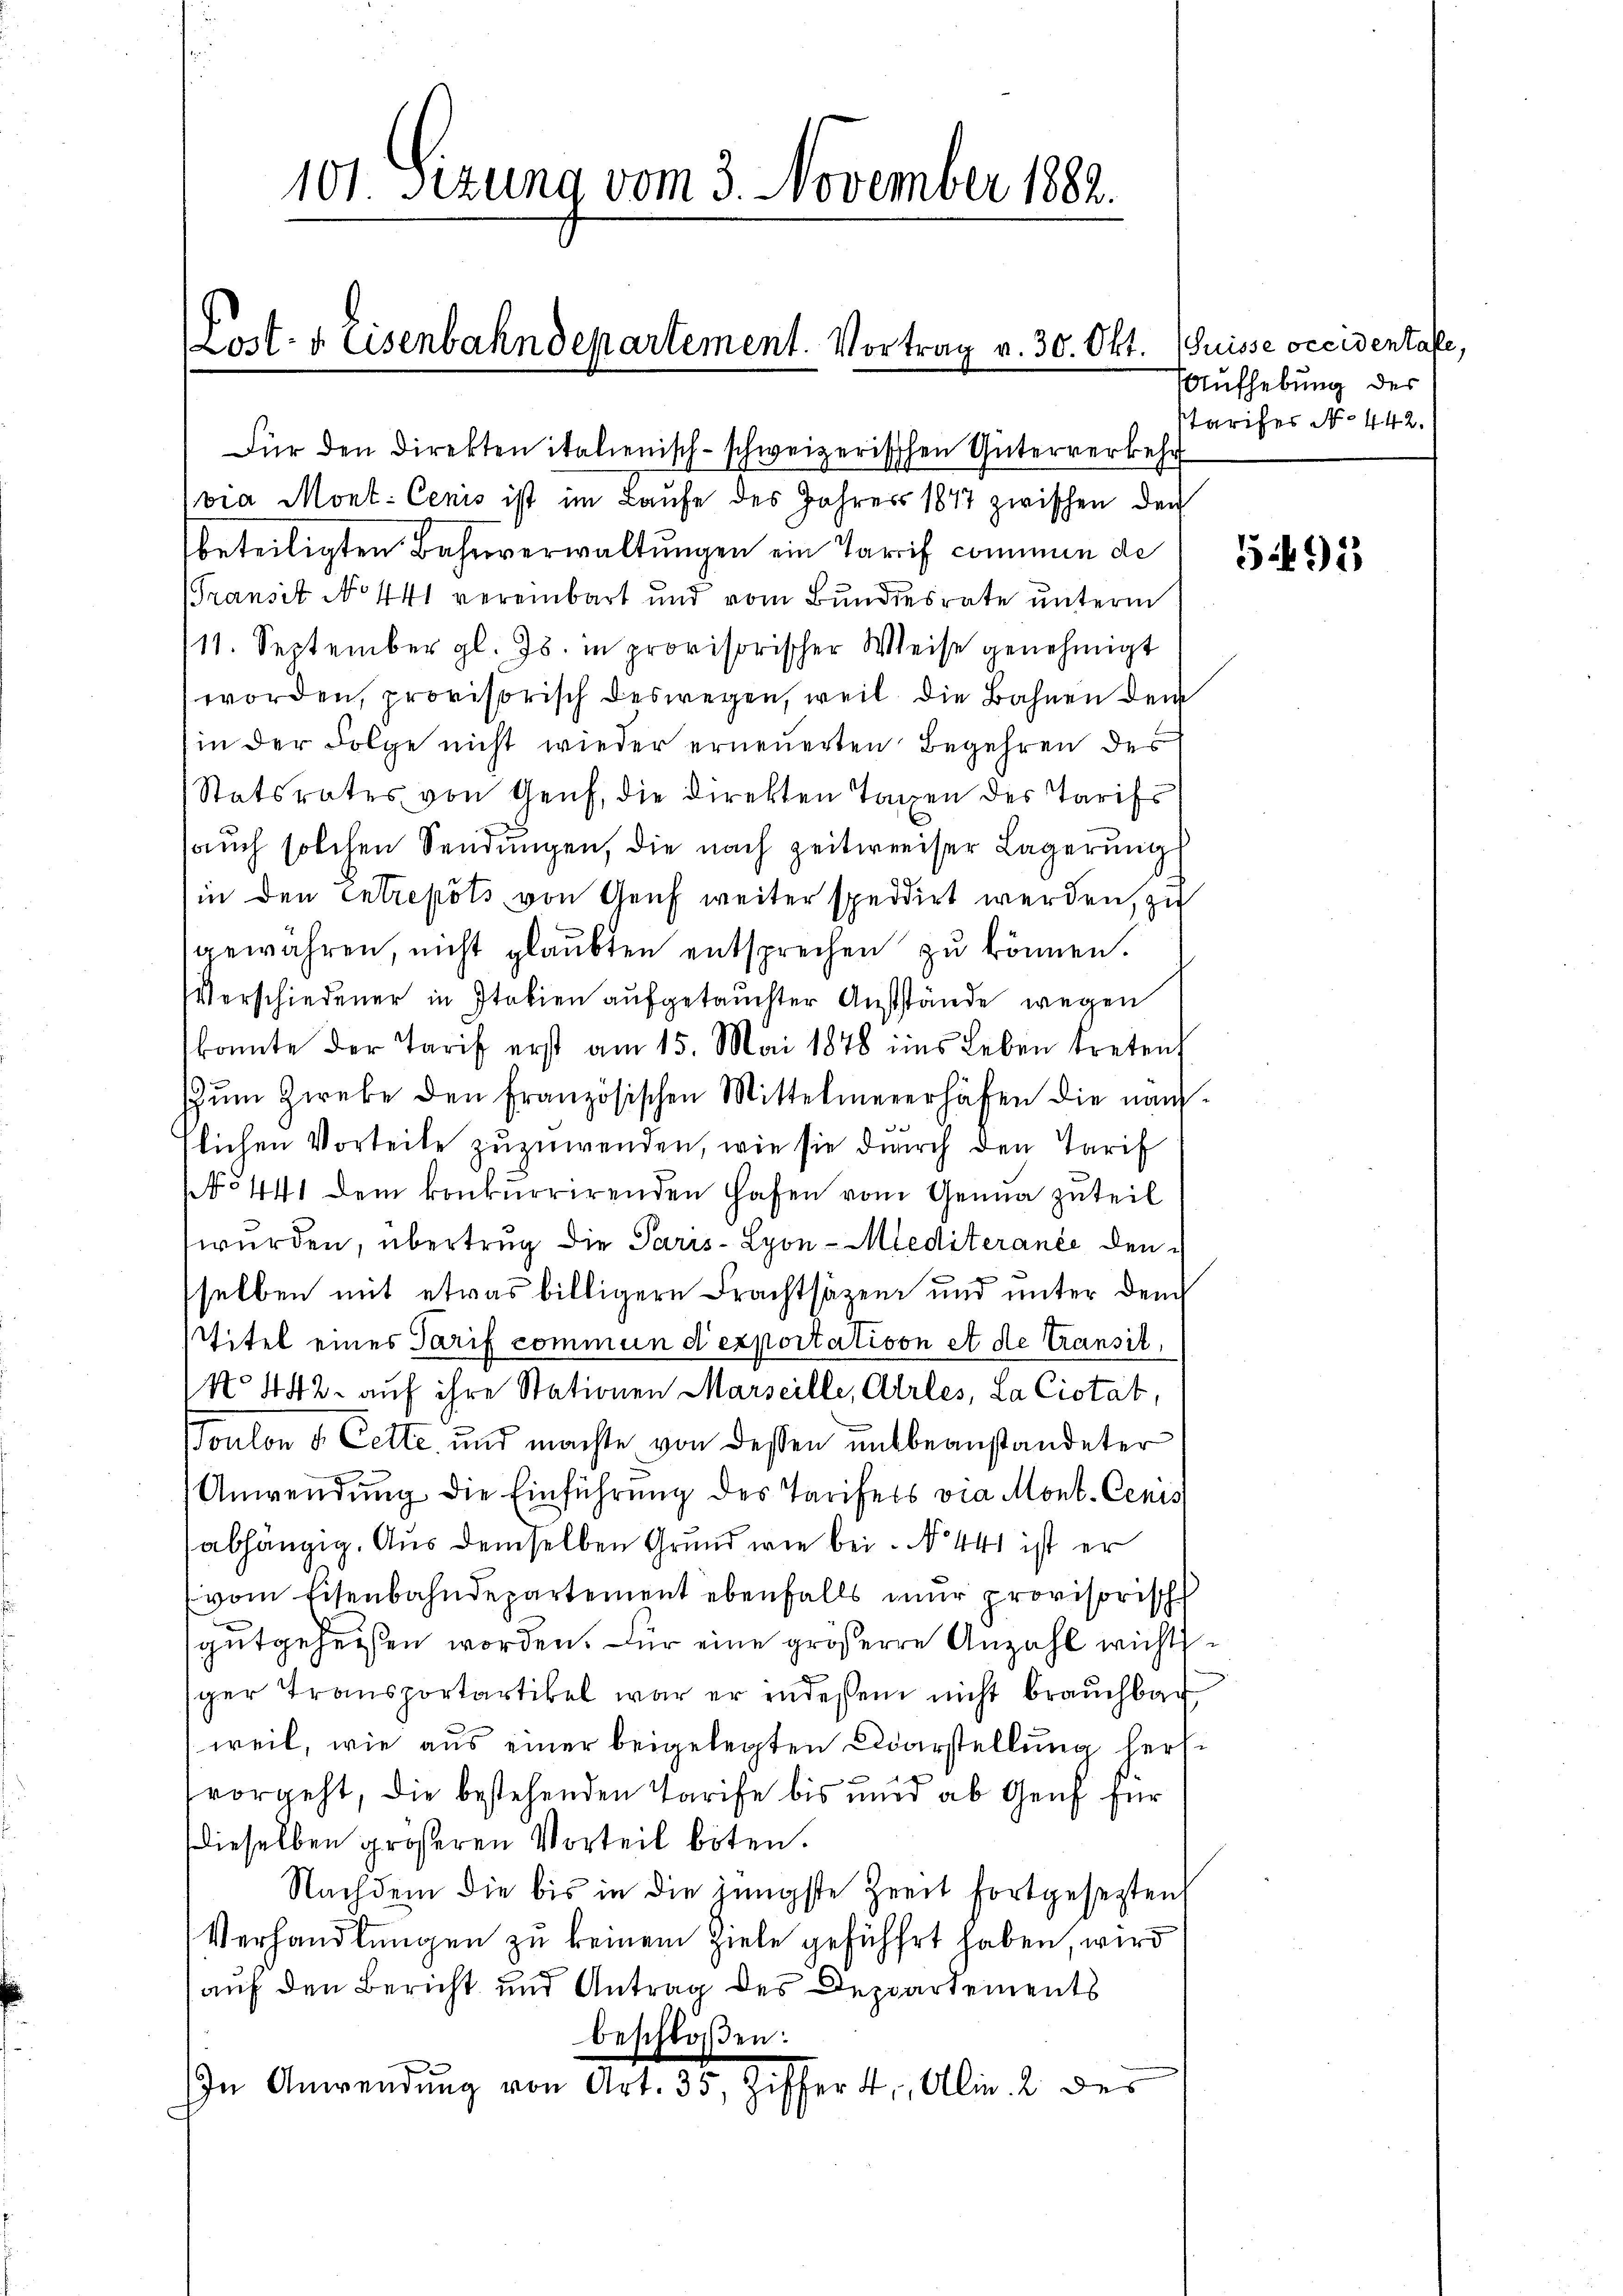
101 Sizung vom 3. November 1882.
Post- & Eisenbahndepartement. Vortrag v. 30. Okt. (Suisse occidentale,

Für den Direkten italienisch-schweizerischen Güterverkehr
via Mont. Cenis ist im Laufe des Jahres 1847 zwischen den
beteiligten Bahnverwaltungen ein Tarif commen de
(Transit No 441 vereinbart und vom Bundesrate unterm
11. September gl. Js. in provisorischer Weise genehmigt
worden, provisorisch deswegen, weil die Bahnen der
in der Folge nicht wieder erneuerten Begehren des
Statsrates von Genf, die Direkten Tagen des Tarifs
sauch solchen Sendungen, die nach zeitweiser Lagerŭngs
(in den Entrepots von Genf weiter speddirt werden, zu
gewähren, nicht glaubten entsprechen zu können.
Verschiedener in Italien aufgetauchter Ausstände wegen
konnte der Tarif erst am 15. Mai 1878 ins Leben treten,
Zŭm Giebe den Französischen Mittelmeierhäfen die nach-
lichen Vorteile zuzuwenden, wie sie durch den Tarif
No 441 dem konkurrirenden Hafen vom Genua zuteil
wurden, übertrug die Paris - Lyon-Mediteranée den
selben mit etwas billigere Frachtsäzen und unter dem
titel eines Tarif commun d’exportation et de transit,
No 442. auf ihre Stationen Marseille, Arles, La Ciotät,
Toulon v. Cette und machte von dessen mitbeanständeter
Anwendung die Einführung des Tarifels via Mont. Cens
abhängig. Aus demselben Grund wie bei No 441 ist er
vom Eisenbahndepartement ebenfalls nur provisorisch
gutgeheißen worden. Für eine größere Anzahl wichtsger Transportartikel war er indessen nicht brauchbar
weil, wie aus einer beigelegten Darstellung herlvorgeht, die bestehenden Tarife bis und ab Genf für
dieselben größeren Vorteil boten.
Nachdem die bis in die jüngste Zeit fortgesezten
Verhandlungen zu keinem Ziele geführt haben, wird
auf den Bericht und Antrag des Departements
beschloßen:
In Anwendung von Art. 35, Ziffer 4., Alin. 2 des

Aufhebung des
starises No 442.

591